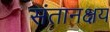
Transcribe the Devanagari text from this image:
संतानक्षय